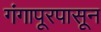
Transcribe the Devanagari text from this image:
गंगापूरपासून